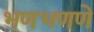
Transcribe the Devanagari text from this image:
भणभणणे